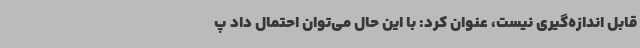
قابل اندازه‌گیری نیست، عنوان کرد: با این حال می‌توان احتمال داد پ